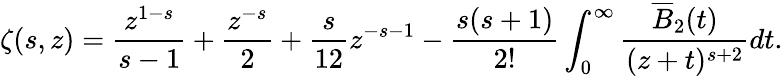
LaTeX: \zeta(s,z)=\frac{z^{1-s}}{s-1}+\frac{z^{-s}}{2}+\frac{s}{12}z^{-s-1}-\frac{s(s+1)}{2!}\int_{0}^{\infty}\frac{\overline{{{B}}}_{2}(t)}{(z+t)^{s+2}}dt.